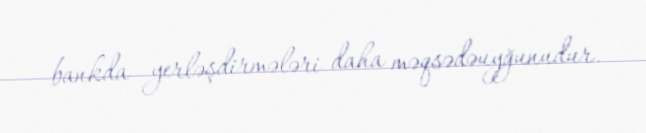
bankda yerləşdirmələri daha məqsədəuyğunudur.